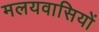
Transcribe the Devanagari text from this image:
मलयवासियों